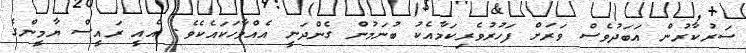
ސަރުކާރުން އަބަދުވެސް ވަރަށް ފަހުރުވެރިކަމާއެކު ބުނަމުން ގެންދަނީ އެއްވާހަކައެކެވެ. އެއީ ރައީސް ޔާމީންގެ